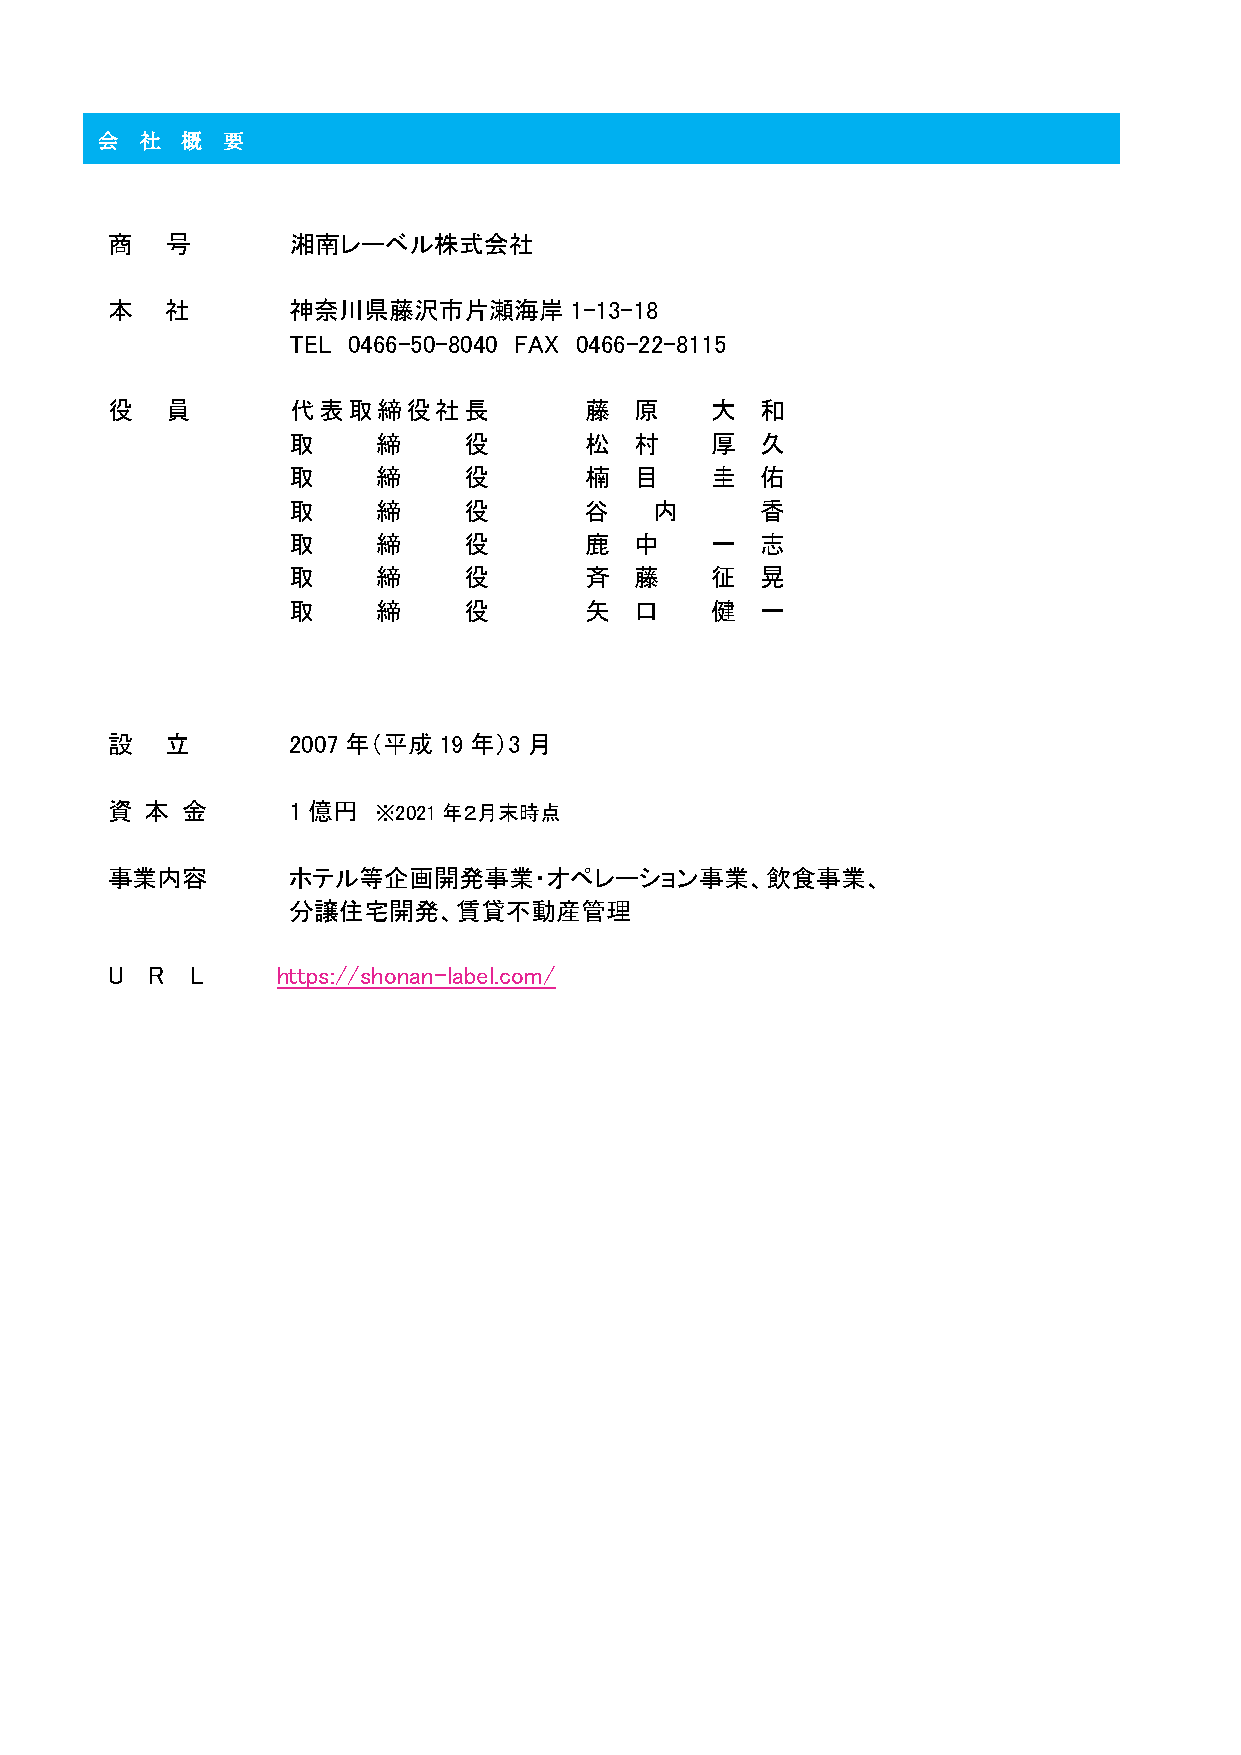
会  社  概  要
 商   号       湘南レーベル株式会社
 本   社       神奈川県藤沢市片瀬海岸        1-13-18
 TEL 0466-50-8040 FAX 0466-22-8115
 役   員       代表取締役社長             藤  原    大  和
 取     締     役       松  村    厚  久
 取     締     役       楠  目    圭  佑
 取     締     役       谷   内      香
 取     締     役       鹿  中    一  志
 取     締     役       斉  藤    征  晃
 取     締     役       矢  口    健  一
 設   立       2007 年（平成 19 年）3 月
 資  本 金      1 億円  ※2021年２月末時点
 事業内容        ホテル等企画開発事業・オペレーション事業、飲食事業、
 分譲住宅開発、賃貸不動産管理
 U  R  L    https://shonan-label.com/